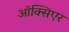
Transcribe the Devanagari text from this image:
ऑक्सिएर